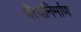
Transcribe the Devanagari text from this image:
चैत्यनिर्माण